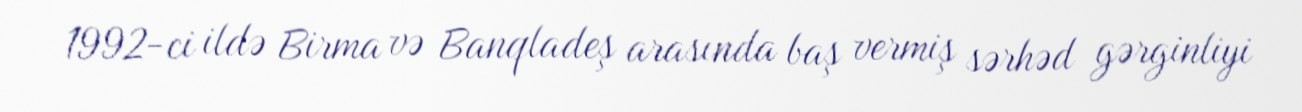
1992-ci ildə Birma və Banqladeş arasında baş vermiş sərhəd gərginliyi